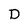
Character: D